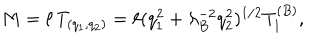
M = \ell \, T _ { ( q _ { 1 } , q _ { 2 } ) } = \ell ( q _ { 1 } ^ { 2 } + \lambda _ { B } ^ { - 2 } q _ { 2 } ^ { 2 } ) ^ { 1 / 2 } T _ { 1 } ^ { ( B ) } ,